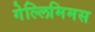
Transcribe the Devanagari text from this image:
गेल्‍लिमिमस